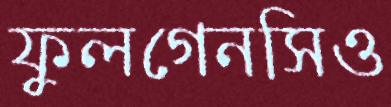
ফুলগেনসিও